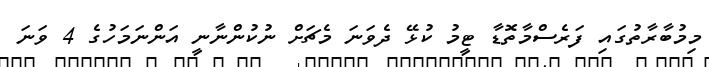
މިމުބާރާތުގައި ފަރެސްމާތޮޑާ ޓީމު ކުޅޭ ދެވަނަ މެޗަށް ނުކުންނާނީ އަންނަމަހުގެ 4 ވަނަ